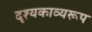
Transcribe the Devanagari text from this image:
दृश्यकाव्यरूप